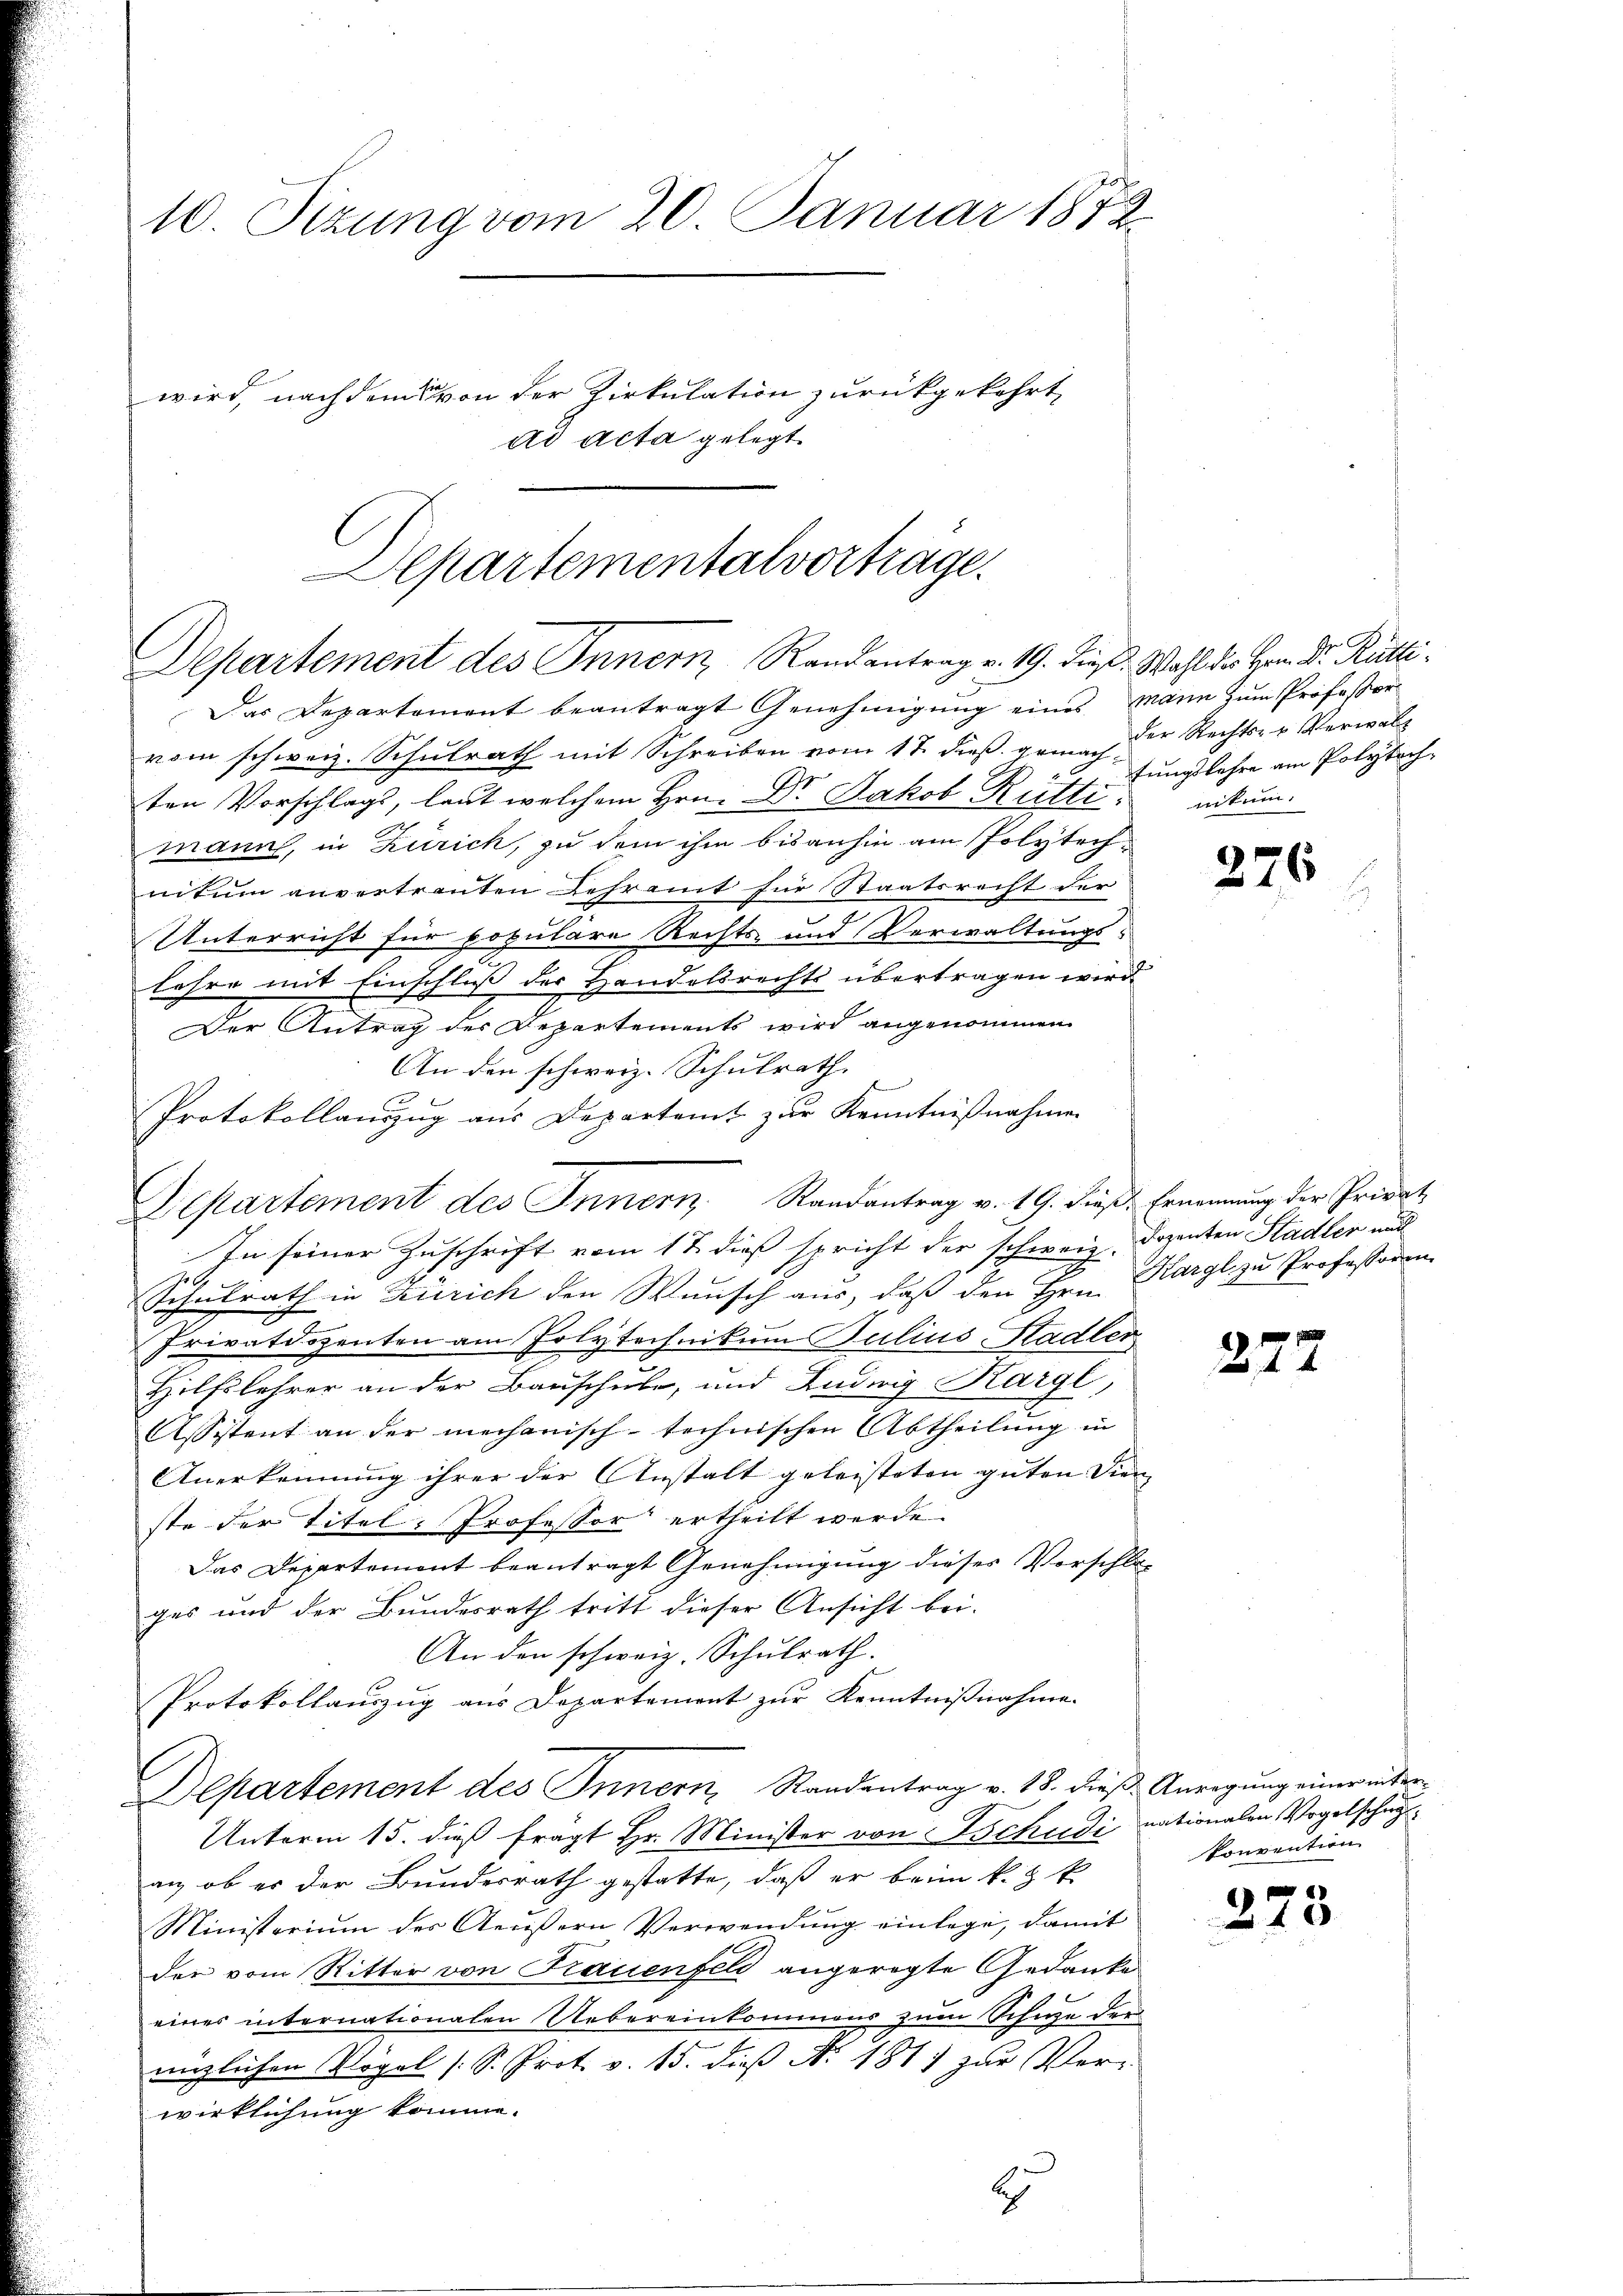
10. Sizung vom 20. Januar 1872.
wird, nachdem von der Zirkulation zurückgekehrt,
ad Acta gelegt

Das Departement beantragt Genehmigung eines Mann zum Professor
vom schweiz. Schŭlrath mit Schreiben vom 17. dieβ gema der Rechts- u Verwalt
ten Vorschlags, laut welchem Hrn. Dr. Jakob Rüttimann, in Zürich, zu dem ihm bisanhin am Polytechnitum anvertrauten Lehramt für Staatsrecht der
Unterricht für populare Rechts- und Verwaltungs-
.
lehre mit Einschluß der Handelsrechts übertragen wird.
Der Antrag des Departements wird angenommen
An den schweiz. Schulrath
1
Protokollauszug aus Departamt zur Kenntnißnahmen
Departement des Innern, Randantrag v. 19. dieß: Ernennung der Privat
In seiner Zuschrift vom 17. dieß spricht der schweiz. Dozenten Stadler und
Schulrath in Zürich den Wunsch aus, daß den Hrn. Kargl zu Professoren
Privatdozenten am Polytechnikum Julius Stadler
Hilfslehrer an der Bauschule, und Ludwig Kargl,
Assistent an der mechanisch-technischen Abtheilung in
Anerkennung ihrer der Anstalt geleisteten guten Dien
ste der Titel-Professor ertheilt werde.
Das Departemont beantragt Genehmigung dieses Verschla-
ges und der Bundesrath tritt dieser Ansicht bei.
An den schweiz. Schulrath.
Protokollauszug aus Departement zur Kenntnißnahme.
Departement des Innern, Standentrag v. 18. dieβ Anregŭng einerinter¬
Unterm 15. dieß frägt Hr. Minister von Tschudi nationalen Vogelschugan, ob es der Bundesrath gestatte, daß er beim k. k.
Ministerium des Aeußern Verwendung einlege, damit
der vom Ritter von Krauenfeld angeregte Gedanke
eines internationalen Uebereinkommens zum Schuze der

miglichen Vögel (S. Prot. v. 15. dieß N. 1811 zur Ver-
wirklichung komme.
6

Departementalvorträge.
Departement des Innern, Randantrag v. 19. dieß. Wahl der von Dr. Rütti¬

tungslehre am Polytech-
nikum.

276

22

konvention

2.

3